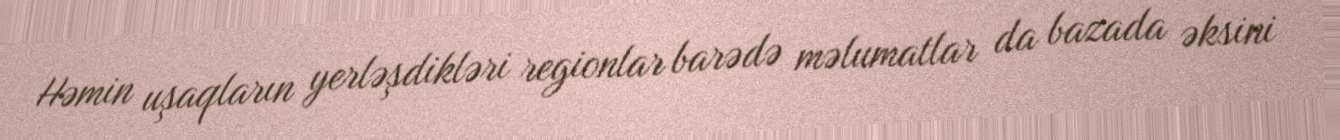
Həmin uşaqların yerləşdikləri regionlar barədə məlumatlar da bazada əksini